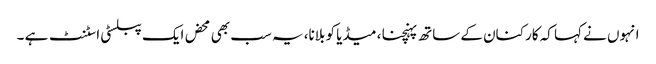
انہوں نے کہا کہ کارکنان کے ساتھ پہنچنا ، میڈیا کو بلانا، یہ سب بھی محض ایک پبلسٹی اسٹنٹ ہے ۔